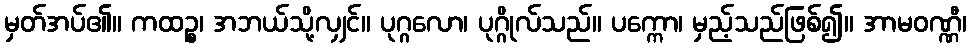
မှတ်အပ်၏။ ကထဉ္စ၊ အဘယ်သို့လျှင်။ ပုဂ္ဂလော၊ ပုဂ္ဂိုလ်သည်။ ပက္ကော၊ မှည့်သည်ဖြစ်၍။ အာမဝဏ္ဏီ၊